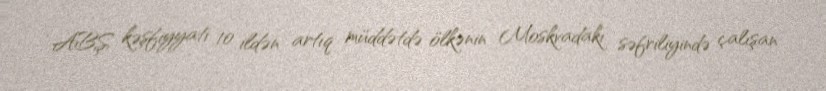
ABŞ kəşfiyyatı 10 ildən artıq müddətdə ölkənin Moskvadakı səfriliyində çalışan